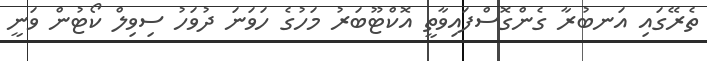
ތެރޭގައި އަނބުރާ ގެންގޮސްފައިވާތީ އޮކްޓޫބަރު މަހުގެ ހަވަނަ ދުވަހު ސިވިލް ކޯޓުން ވަނީ